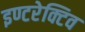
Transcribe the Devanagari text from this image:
इण्टरेक्टिव